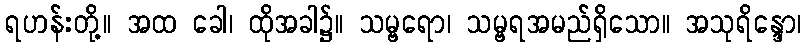
ရဟန်းတို့။ အထ ခေါ၊ ထိုအခါ၌။ သမ္ဗရော၊ သမ္ဗရအမည်ရှိသော။ အသုရိန္ဒော၊